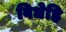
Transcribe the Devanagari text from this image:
विधेहि